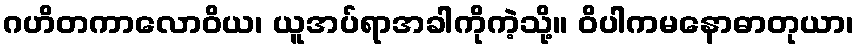
ဂဟိတကာလောဝိယ၊ ယူအပ်ရာအခါကိုကဲ့သို့။ ဝိပါကမနောဓာတုယာ၊